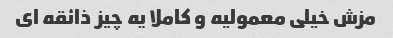
مزش خیلی معمولیه و کاملا یه چیز ذائقه ای